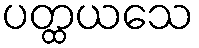
ပတ္ထယသေ